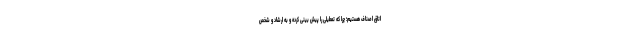
اتاق اصناف هستیم؛ چرا که تعطیلی را پیش بینی کرده و به ارشاد و شخص